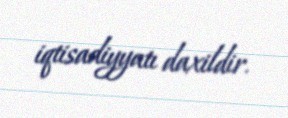
iqtisadiyyatı daxildir.